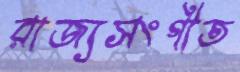
রাজ্যসংগীত